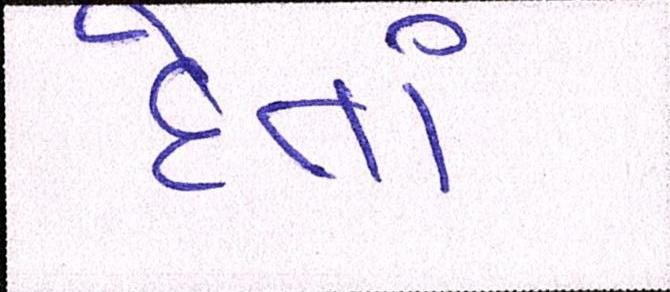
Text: દેતાં